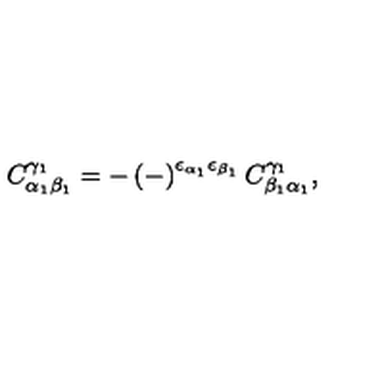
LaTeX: C _ { \alpha _ { 1 } \beta _ { 1 } } ^ { \gamma _ { 1 } } = - \left( - \right) ^ { \epsilon _ { \alpha _ { 1 } } \epsilon _ { \beta _ { 1 } } } C _ { \beta _ { 1 } \alpha _ { 1 } } ^ { \gamma _ { 1 } } ,